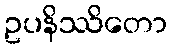
ဥပနိဿိတော